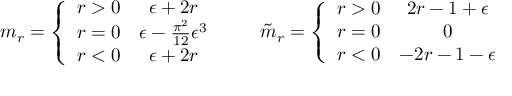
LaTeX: m _ { r } = \left\{ \begin{array} { c c } { { r > 0 } } & { { \epsilon + 2 r } } \\ { { r = 0 } } & { { \epsilon - \frac { \pi ^ { 2 } } { 1 2 } \epsilon ^ { 3 } } } \\ { { r < 0 } } & { { \epsilon + 2 r } } \end{array} \right. \qquad \tilde { m } _ { r } = \left\{ \begin{array} { c c } { { r > 0 } } & { { 2 r - 1 + \epsilon } } \\ { { r = 0 } } & { { 0 } } \\ { { r < 0 } } & { { - 2 r - 1 - \epsilon } } \end{array} \right.